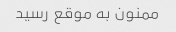
ممنون به موقع رسید